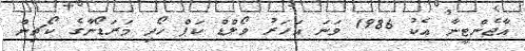
އާޖެންޓީނާ އެކު 1986 ވަނަ އަހަރު ވޯލްޑް ކަޕް ހޯދި މަރަޑޯނާގެ ކޯޗިން